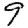
Digit: 9